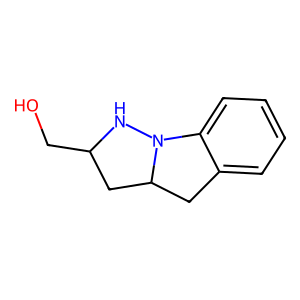
SMILES: OCC1CC2Cc3ccccc3N2N1
Inhibits HIV replication: No